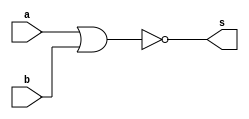

module Guia_0501 (
    output s,
    input  a,
    input  b
);

  //Portas

  nor NOR (s, a, b);


endmodule


module teste;

  //Dados para teste

  reg  y;
  reg  x;
  wire a;

  Guia_0501 moduloTeste (
      a,
      x,
      y
  );

  initial begin : main

    $display(" x - y - a ");
    // projetar testes do modulo

    /*
			Fazendo a tabela verdade para prever resultados
			
				| a | b |  ~(a|b)|
				|---|---|---------|
				| 0 | 0 |    1    |
				| 0 | 1 |    0    |
				| 1 | 0	|    0    |
				| 1 | 1 |    0    |
				
		*/

    $monitor("%4b %4b %4b", x, y, a);
    x = 1'b0;
    y = 1'b0;
    #1 x = 1'b0;
    y = 1'b1;
    #1 x = 1'b1;
    y = 1'b0;
    #1 x = 1'b1;
    y = 1'b1;
  end
endmodule